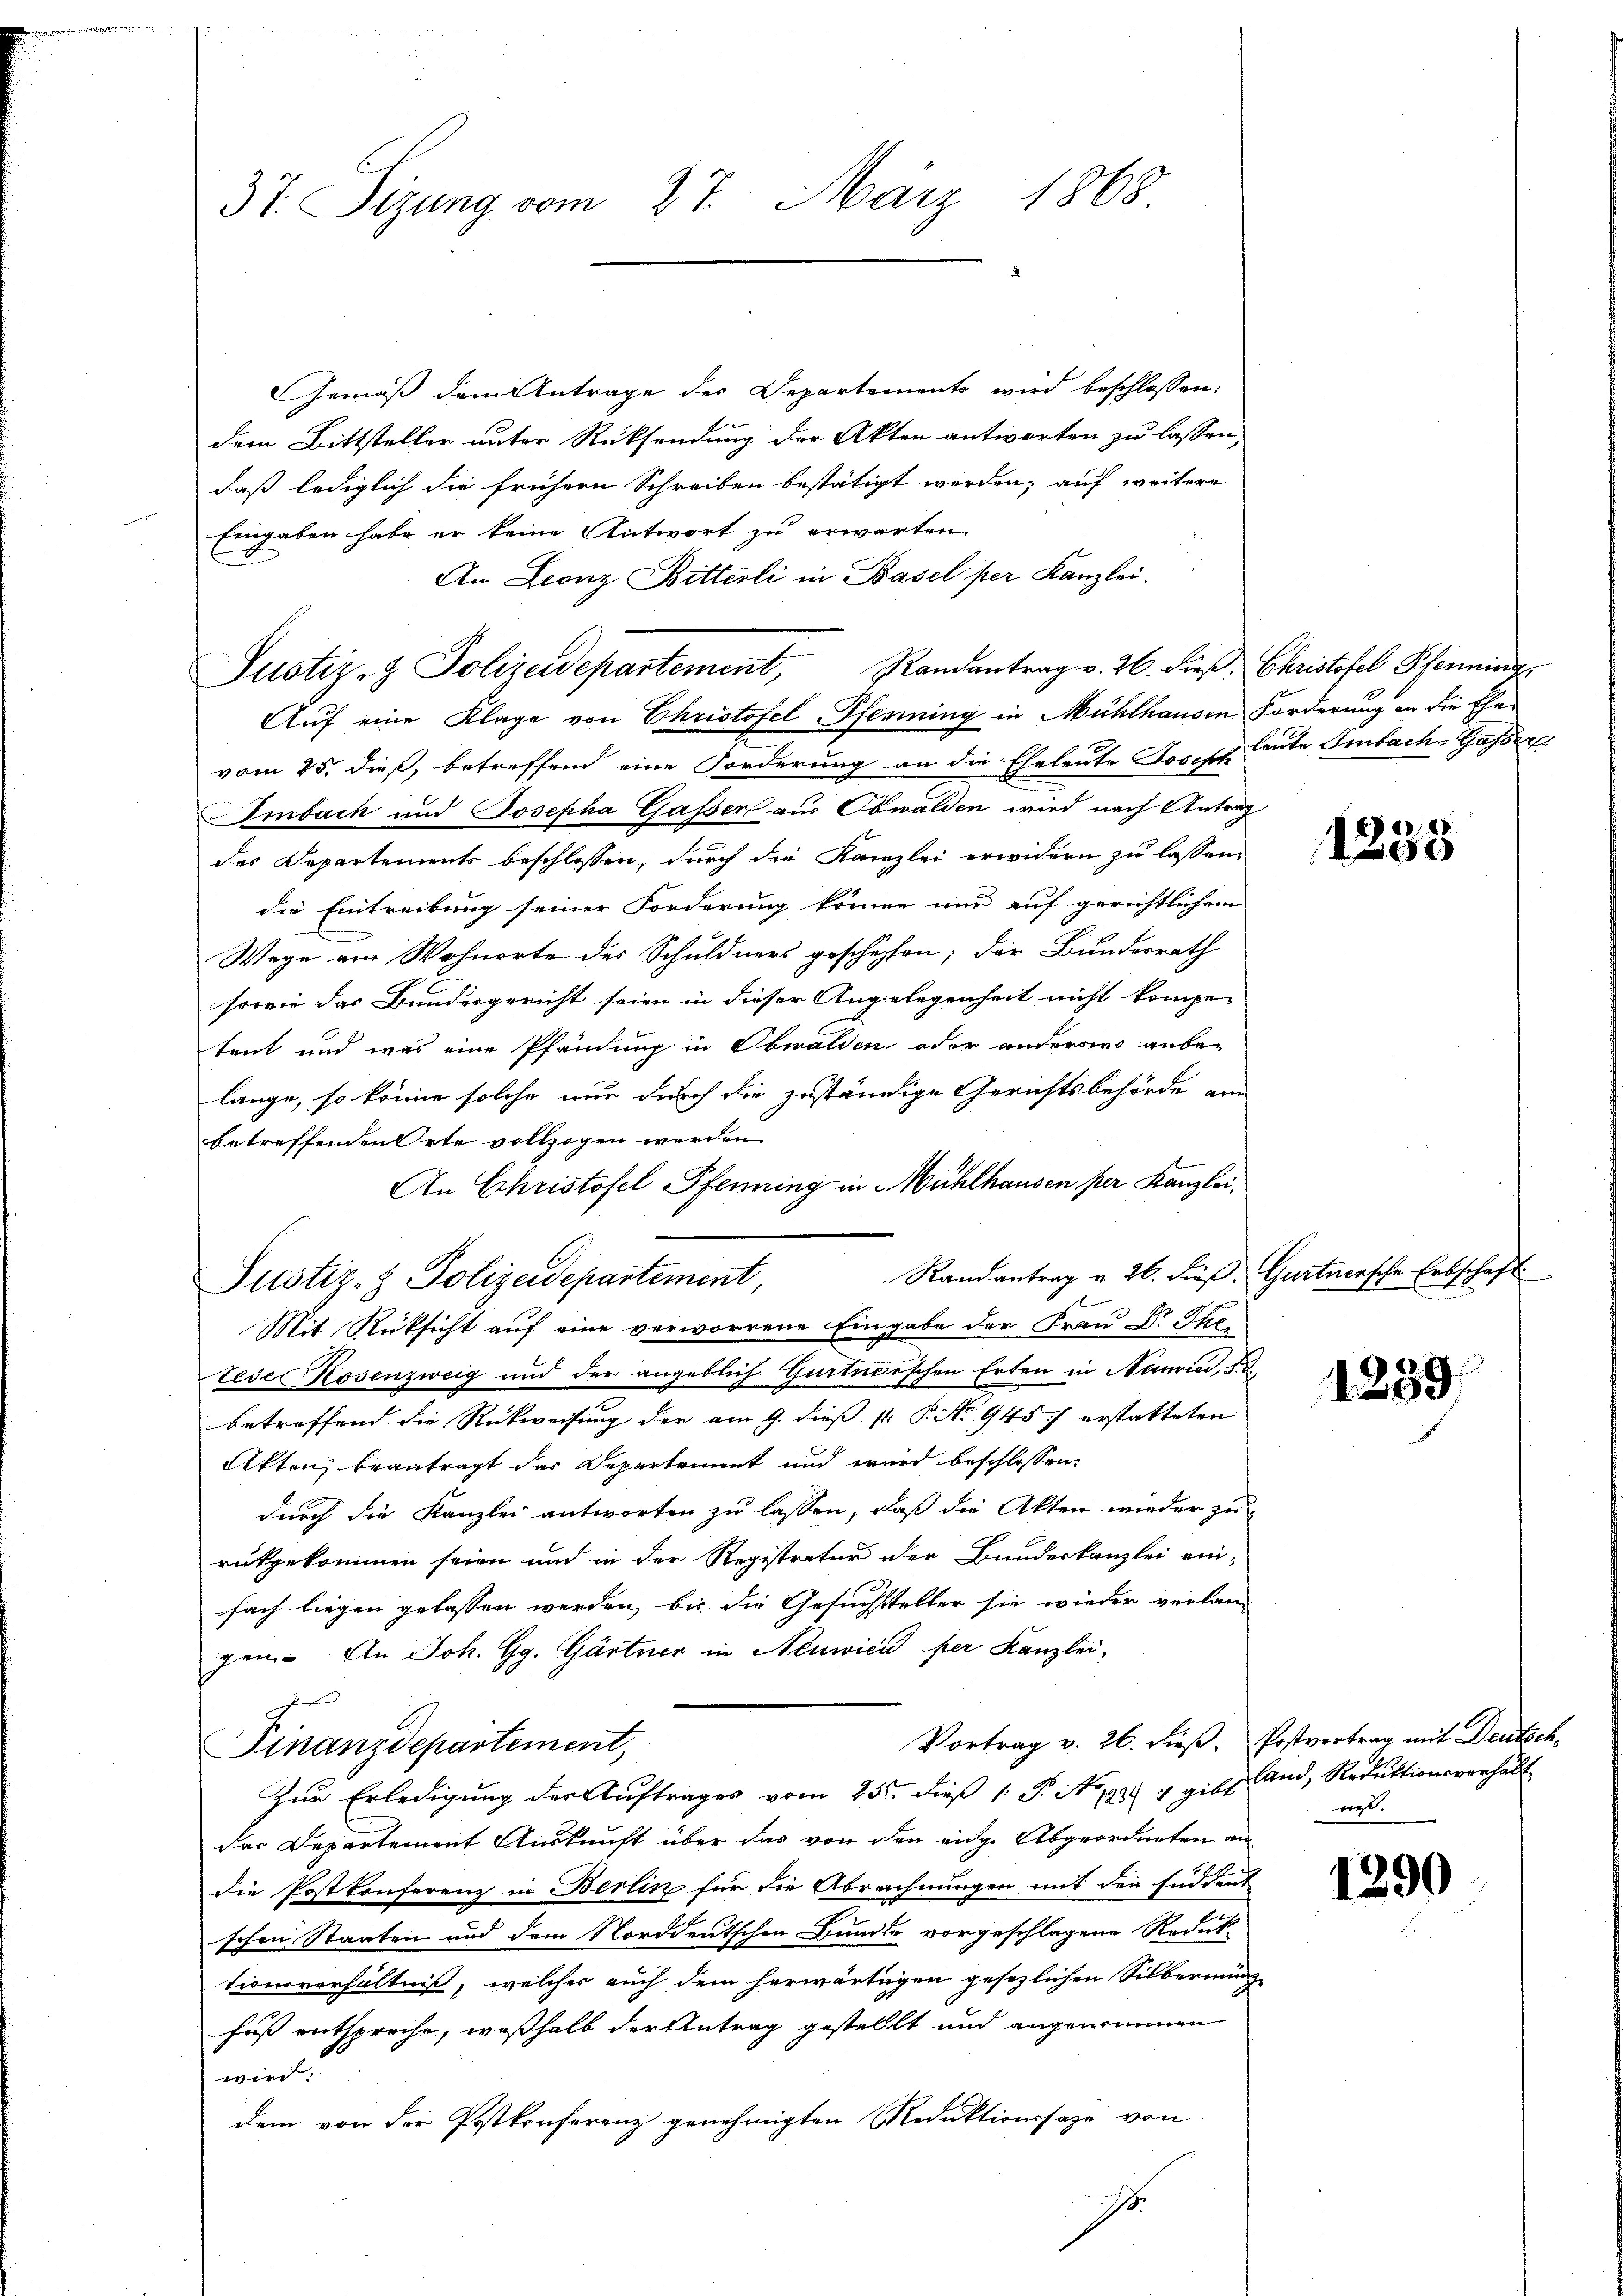
37. Sizung vom 27. März 1868.

GGemäß dem Antrage des Departements wird beschlossen:
dem Bittsteller unter Rücksendung der Akten antworten zu lassen,
daß lediglich die frühern Schreiben bestätigt werden, auf weitere
Eingaben habe er keine Antwort zu erwarten
An Leonz Bitterli in Basel per Kanzlei.
vom 25. dieß, betreffend eine Forderung an die Eheleute Joseph Leute Ambach Gassen
Embach und Josepha Gasser aus Obwalden wird nach Antrag
des Departements beschlossen, durch die Kanzlei erwidern zu lassen,
die Eintreibung seiner Forderung könne nur auf gerichtlichem
Wege am Wohnorte des Schuldners geschehen; der Bundesrath
sowie das Bundesgericht seien in dieser Angelegenheit nicht kompe-
trut und was eine Pfändung in Obwalden oder anderswo anbelange, so könne solche nur durch die zuständige Gerichtsbehörde am
betreffenden Orte vollzogen werden.
An Christofel Pfenning in Mühlhausen per Kanzlei¬
Randantrag v. 26. dieß:
Mit Rücksicht auf eine verworrene Eingabe der Frau Dr. Getese Kosenzweig und der angeblich Gurtnerschen Erben in Neuvie, d
betreffend die Rückweisung der am 9. dieß p. P. No 945 erstatteten
Akten, beantragt das Departement und wird beschlossen:
durch die Kanzlei antworten zu lassen, daß die Akten wieder zu-
rückgekommen seien und in der Registratur der Bundeskanzlei ein-
fach liegen gelassen werden, bis die Gesuchsteller sie wieder verlan-
gen. An Joh. Gg. Gärtner in Neuwici per Kanzlei,
g
Vortrag v. 26. dieß. Postvertrag mit Deutsch-
Finanzdepartement,
Zŭr Erledigung der Aŭftrages vom 25ten dieβ 1. P. Nr. 192. 4 gibt Land, Reduktionsverhält
das Departement Auskunft über das von den eidg. Abgeordneten an
die Postkonferenz in Berlin für die Abrechnungen mit den süddeut
schen Staaten und dem Norddeutschen Bunde vorgeschlagene Reduk
tionsverhältniß, welcher auch dem herwärtigen gesezlichen Silbernung
fust entspreche, weßhalb der Antrag gestellt und angenommen
wird.
dem von der Postkonferenz genehmigten Reduktionssage von
.

Justiz- & Polizeidepartement, Randantrag v. 26. dieß. Christofel Pfenning
Auf eine Klage von Christofel-Pfenning in Mühlhausen Forderung an die Ehe¬

Justiz- & Polizeidepartement,

1235

Gurtnersche Erbschaft

1259.

wet.

1290